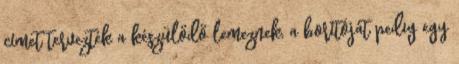
címet tervezték a készülődő lemeznek, a borítóját pedig egy